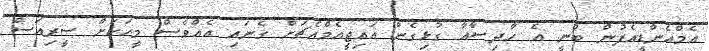
އެމްއެންޑީއެފުން ބުނީ އެ ހާދިސާއާ ގުޅިގެން އައިޖީއެމްއެޗަށް ގެނައި އެއްވެސް މީހަކަށް ސީރިއަސް